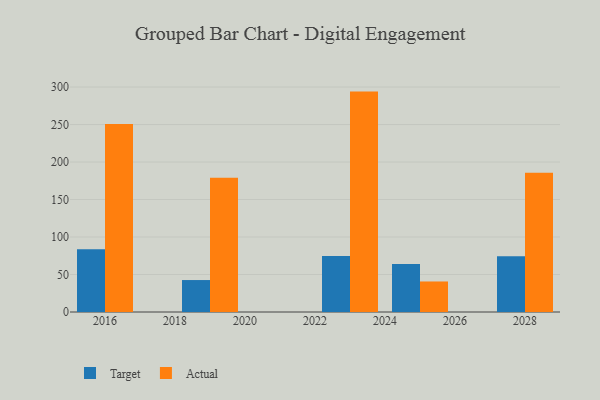
{"axis": {"x": "Year", "y": "Temperature (°C)"}, "legend": ["Actual", "Target"], "data": [{"x": "2019", "y": 42.6, "type": "Target"}, {"x": "2019", "y": 179.0, "type": "Actual"}, {"x": "2016", "y": 83.6, "type": "Target"}, {"x": "2016", "y": 250.8, "type": "Actual"}, {"x": "2028", "y": 74.3, "type": "Target"}, {"x": "2028", "y": 185.7, "type": "Actual"}, {"x": "2023", "y": 74.8, "type": "Target"}, {"x": "2023", "y": 293.9, "type": "Actual"}, {"x": "2025", "y": 64.1, "type": "Target"}, {"x": "2025", "y": 40.7, "type": "Actual"}]}